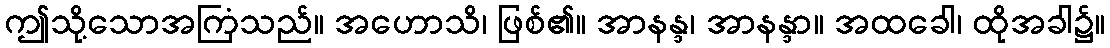
ဤသို့သောအကြံသည်။ အဟောသိ၊ ဖြစ်၏။ အာနန္ဒ၊ အာနန္ဒာ။ အထခေါ၊ ထိုအခါ၌။